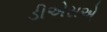
ડીએસએ